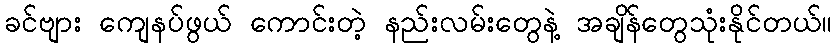
ခင်ဗျား ကျေနပ်ဖွယ် ကောင်းတဲ့ နည်းလမ်းတွေနဲ့ အချိန်တွေသုံးနိုင်တယ်။